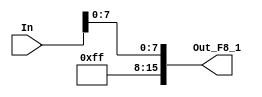
module changefirst8bits_1(In, Out_F8_1);

    input [15:0] In;
    output [15:0] Out_F8_1;
    
    assign Out_F8_1 = {8'b11111111, In[7:0]};    
endmodule